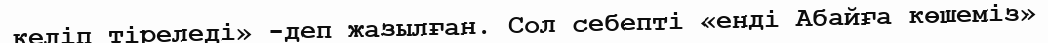
келіп тіреледі» -деп жазылған. Сол ceбeптi «енді Абайға көшеміз»